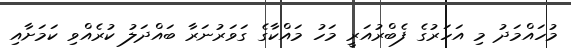
މުހައްމަދު މި އަހަރުގެ ފެބްރުއަރީ މަހު މައްކާގެ ގަވަރުނަރާ ބައްދަލު ކުރެއްވި ކަމަށާއި